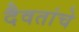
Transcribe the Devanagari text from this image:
दैवतांचे